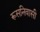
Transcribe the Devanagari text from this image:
रूसनिवासी